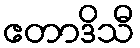
ဧတာဒိသီ